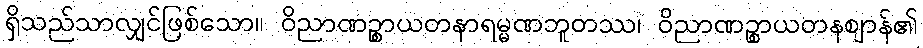
ရှိသည်သာလျှင်ဖြစ်သော။ ဝိညာဏဉ္စာယတနာရမ္မဏဘူတဿ၊ ဝိညာဏဉ္စာယတနဈာန်၏